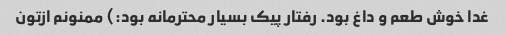
غدا خوش طعم و داغ بود. رفتار پیک بسیار محترمانه بود:) ممنونم ازتون